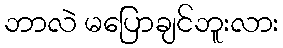
ဘာလဲ မပြောချင်ဘူးလား